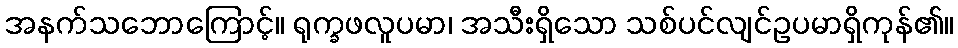
အနက်သဘောကြောင့်။ ရုက္ခဖလူပမာ၊ အသီးရှိသော သစ်ပင်လျင်ဥပမာရှိကုန်၏။